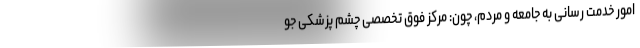
امور خدمت رسانی به جامعه و مردم، چون: مرکز فوق تخصصی چشم پزشکی جو